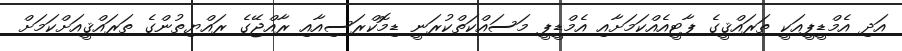
އަދި އެމްޑީޕީއަކީ ތަރައްޤީގެ ޕާޓީއެއްކަމަށާއި އެމްޑީޕީ މަސައްކަތްކުރަނީ ޑިމޮކްރަސިއާއި ރާއްޖޭގެ ރައްޔިތުންގެ ތަރައްޤީއަށްކަމަށް